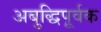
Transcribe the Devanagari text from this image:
अबुद्धिपूर्वक